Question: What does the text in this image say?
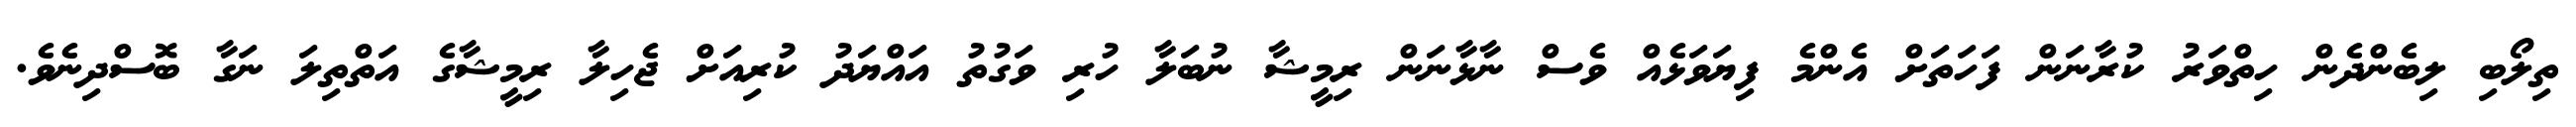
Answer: ތިލޯބި ލިބެންދެން ހިތްވަރު ކުރާނަން ފަހަތަށް އެންމެ ފިޔަވަޅެއް ވެސް ނާޅާނަން ރިމީޝާ ނުބަލާ ހުރި ވަގުތު އައްޔަދު ކުރިއަށް ޖެހިލާ ރިމީޝާގެ އަތްތިލަ ނަގާ ބޮސްދިނެވެ.